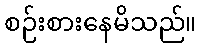
စဉ်းစားနေမိသည်။